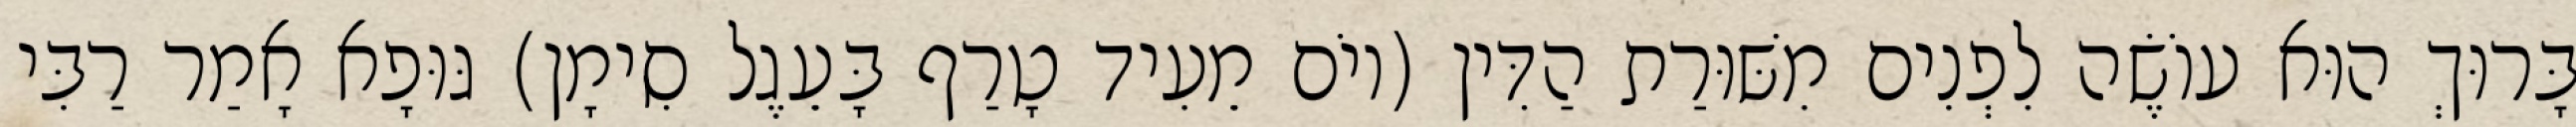
בָּרוּךְ הוּא עוֹשֶׂה לִפְנִים מִשּׁוּרַת הַדִּין (יוֹם מֵעִיד טָרַף בָּעֵגֶל סִימָן) גּוּפָא אָמַר רַבִּי